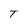
Character: T